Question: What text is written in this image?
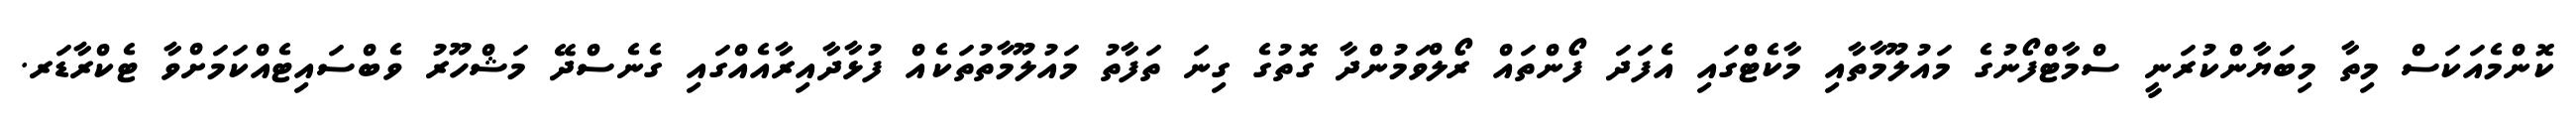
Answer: ކޮންމެއަކަސް މިތާ މިބަޔާންކުރަނީ ސްމާޓްފޯނުގެ މައުލޫމާތާއި މާކެޓްގައި އެފަދަ ފޯންތައް ރޯލްވަމުންދާ ގޮތުގެ ގިނަ ތަފާތު މައުލޫމާތުތަކެއް ފުޅާދާއިރާއެއްގައި ގެނެސްދޭ މަޝްހޫރު ވެބްސައިޓެއްކަމަށްވާ ޓެކްރާޑަރ.